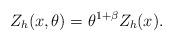
LaTeX: \begin{align*} Z_h(x,\theta) = \theta^{1+\beta}Z_h(x).\end{align*}